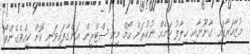
މުޒާހަރާގައި ގާނޫނާއި ޚިލާފު ކަމެއް ނުކުރަން ހޯމް މިނިސްޓްރީން އަންގާފައިވަނި ކޮށް ކީއްވެގެންތޯ